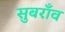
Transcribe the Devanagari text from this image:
सुबराँव